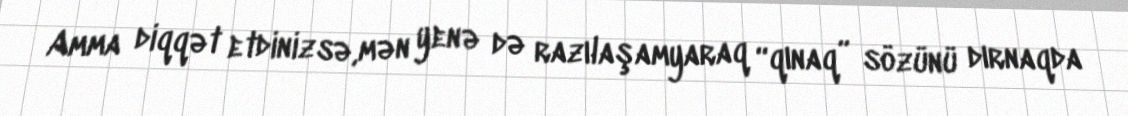
Amma diqqət etdinizsə,mən yenə də razılaşamyaraq “qınaq” sözünü dırnaqda